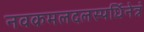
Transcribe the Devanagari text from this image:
नवकमलदलस्पर्धिनेत्रं